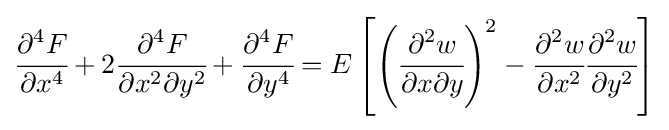
{\cfrac {\partial ^{4}F}{\partial x^{4}}}+2{\cfrac {\partial ^{4}F}{\partial x^{2}\partial y^{2}}}+{\cfrac {\partial ^{4}F}{\partial y^{4}}}=E\left[\left({\cfrac {\partial ^{2}w}{\partial x\partial y}}\right)^{2}-{\cfrac {\partial ^{2}w}{\partial x^{2}}}{\cfrac {\partial ^{2}w}{\partial y^{2}}}\right]